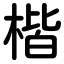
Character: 楷